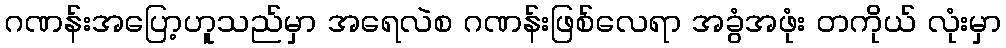
ဂဏန်းအပြော့ဟူသည်မှာ အရေလဲစ ဂဏန်းဖြစ်လေရာ အခွံအဖုံး တကိုယ် လုံးမှာ